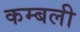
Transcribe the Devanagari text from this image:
कम्बली